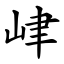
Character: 峍